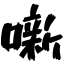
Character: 噺